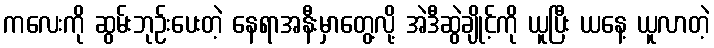
ကလေးကို ဆွမ်းဘုဉ်းပေးတဲ့ နေရာအနီးမှာတွေ့လို့ အဲဒီဆွဲချိုင့်ကို ယူပြီး ယနေ့ ယူလာတဲ့